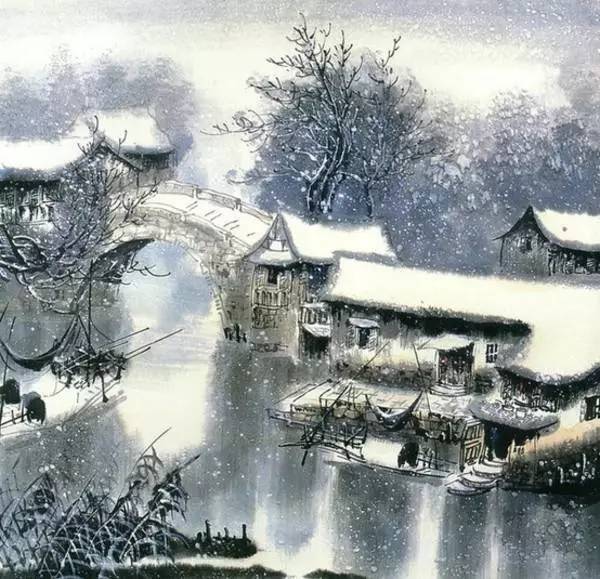
相见情已深，未语可知心。